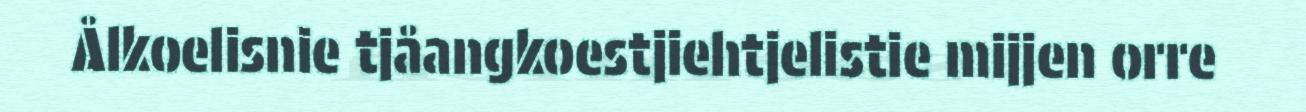
Ålkoelisnie tjåangkoestjiehtjelistie mijjen orre